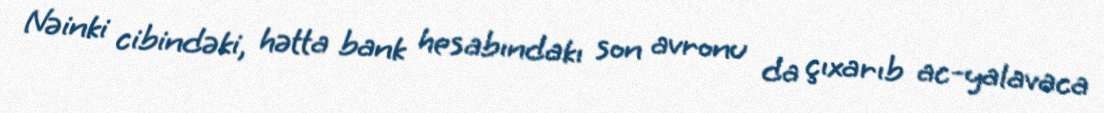
Nəinki cibindəki, hətta bank hesabındakı son avronu da çıxarıb ac-yalavaca